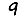
Digit: 9